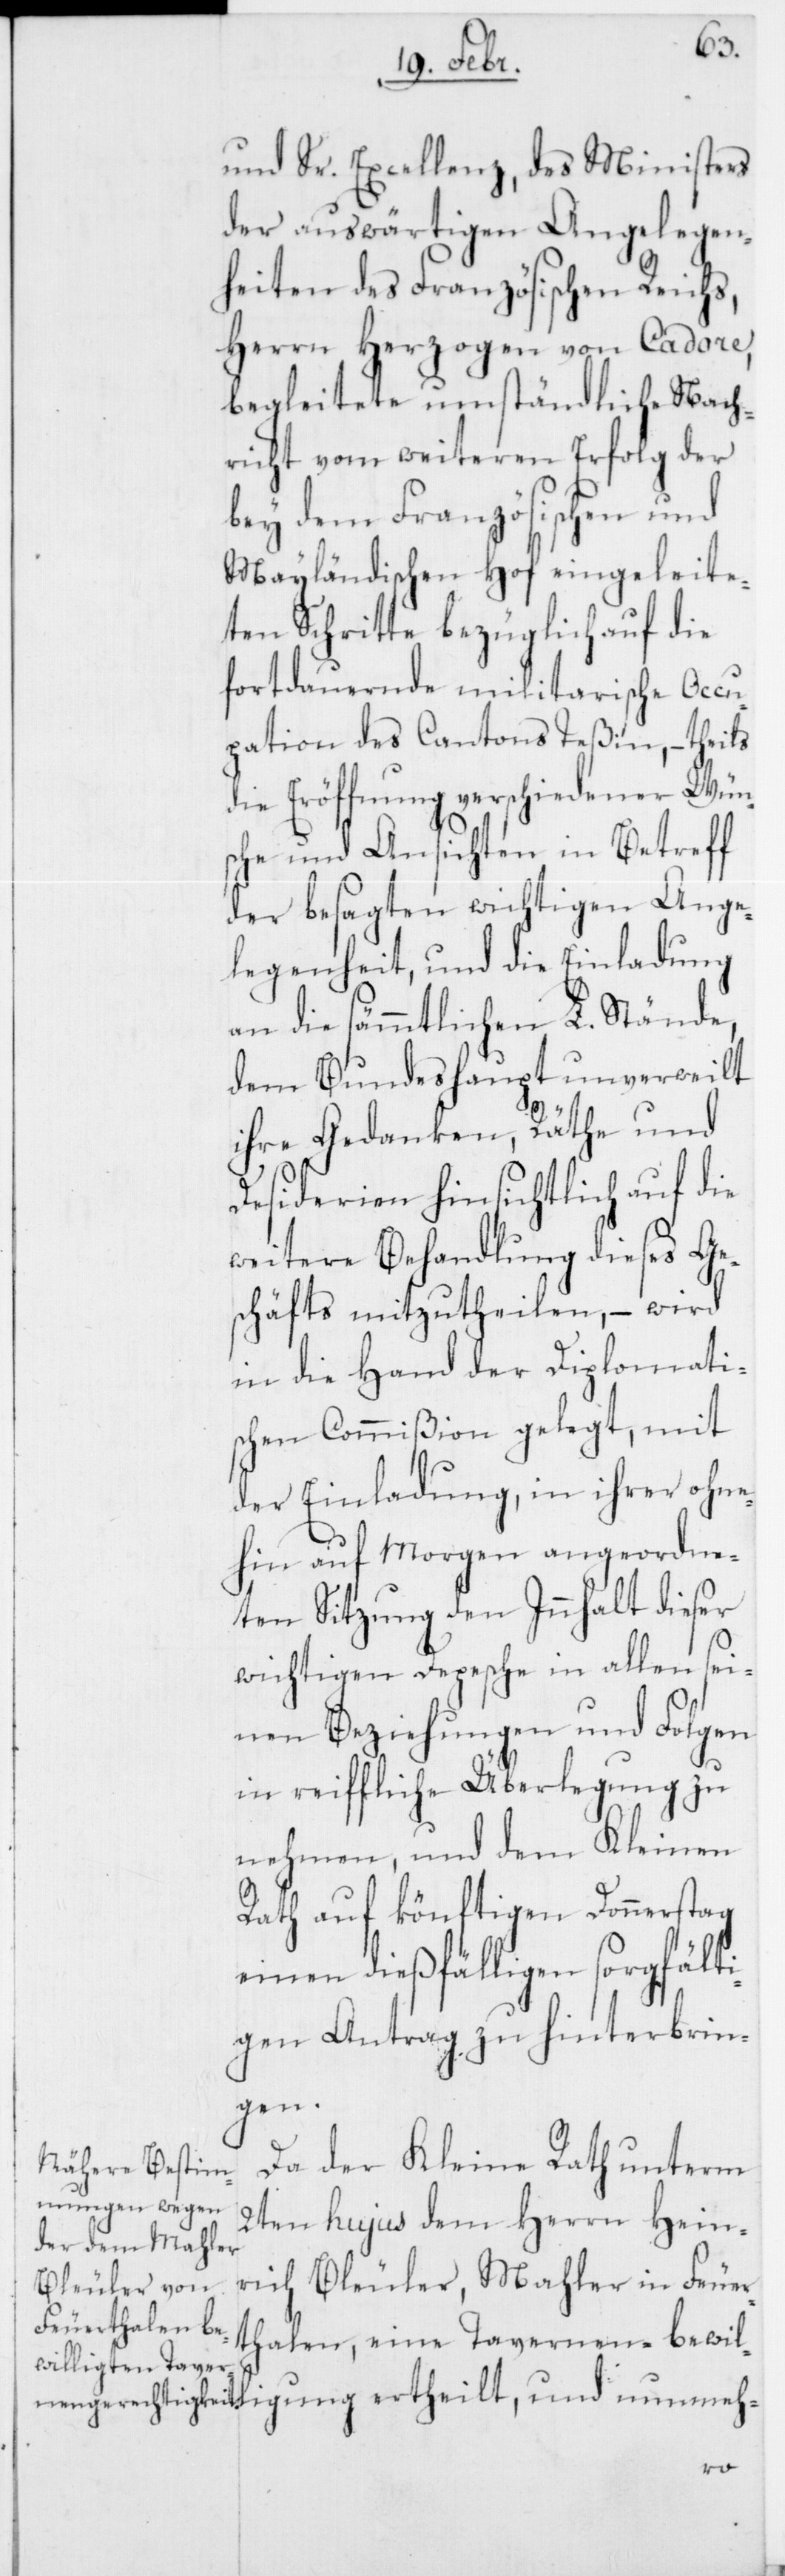
und Sr. Excellenz, des Ministers
der auswärtigen Angelegen¬
heiten des Französischen Reichs,
Herrn Herzogen von Cadore,
begleitete umständliche Nach¬
richt vom weiteren Erfolg der
bey dem Französischen und
Mayländischen Hof eingeleite¬
ten Schritte bezüglich auf die
fortdauernde militarische Occu¬
pation des Cantons Teßin, – theils
die Eröffnung verschiedener Wün¬
sche und Ansichten in Betreff
der besagten wichtigen Ange¬
legenheit, und die Einladung
an die sämmtlichen L. Stände,
dem Bundeshaupt unverweilt
ihre Gedanken, Räthe und
Desiderien hinsichtlich auf die
weitere Behandlung dieses Ge¬
schäfts mitzutheilen, – wird
in die Hand der Diplomatis¬
chen Commißion gelegt, mit
der Einladung, in ihrer ohne¬
hin auf morgen angeordne¬
ten Sitzung den Innhalt dieser
wichtigen Depesche in allen sei¬
nen Beziehungen und Folgen
in reiffliche Überlegung zu
nehmen, und dem Kleinen
Rath auf könftigen Donnerstag
einen dießfälligen sorgfälti¬
gen Antrag zu hinterbrin¬
gen.
Da der Kleine Rath unterm
2ten hujus dem Herrn Hein¬
rich Bleuler, Mahler in Feuer¬
thalen, eine Tavernen-bewil¬
ligung